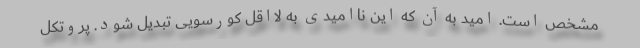
مشخص است. امید به آن که این ناامیدی به لااقل کورسویی تبدیل شود. پروتکل